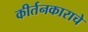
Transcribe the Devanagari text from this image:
कीर्तनकाराचे